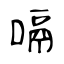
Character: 嗝